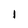
Character: I